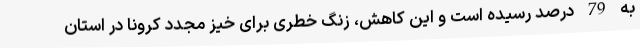
به 79 درصد رسیده است و این کاهش، زنگ خطری برای خیز مجدد کرونا در استان